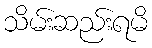
သိမ်းဆည်းရမိ